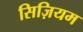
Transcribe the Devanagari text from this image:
सिज़ियम